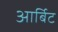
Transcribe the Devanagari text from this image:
आर्बिट